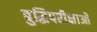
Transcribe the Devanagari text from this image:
बुद्धिपरीक्षाओं